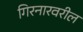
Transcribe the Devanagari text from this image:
गिरनारवरील